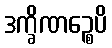
ဒက္ခိဏဉ္စေပိ